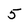
Character: 5